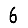
Digit: 6